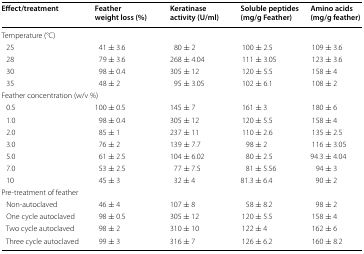
| Effect/treatment | Feather weight loss (%) | Keratinase activity (U/ml) | Soluble peptides (mg/g Feather) | Amino acids (mg/g feather) |
 | --- | --- | --- | --- | --- |
 | <COLSPAN=5> Temperature (°C) |
 | 25 | 41 ± 3.6 | 80 ± 2 | 100 ± 2.5 | 109 ± 3.6 |
 | 28 | 79 ± 3.6 | 268 ± 4.04 | 111 ± 3.05 | 123 ± 3.6 |
 | 30 | 98 ± 0.4 | 305 ± 12 | 120 ± 5.5 | 158 ± 4 |
 | 35 | 48 ± 2 | 95 ± 3.05 | 102 ± 6.1 | 108 ± 2 |
 | <COLSPAN=5> Feather concentration (w/v %) |
 | 0.5 | 100 ± 0.5 | 145 ± 7 | 161 ± 3 | 180 ± 6 |
 | 1.0 | 98 ± 0.4 | 305 ± 12 | 120 ± 5.5 | 158 ± 4 |
 | 2.0 | 85 ± 1 | 237 ± 11 | 110 ± 2.6 | 135 ± 2.5 |
 | 3.0 | 76 ± 2 | 139 ± 7.7 | 98 ± 2 | 116 ± 3.05 |
 | 5.0 | 61 ± 2.5 | 104 ± 6.02 | 80 ± 2.5 | 94.3 ± 4.04 |
 | 7.0 | 53 ± 2.5 | 77 ± 7.5 | 81 ± 5.56 | 94 ± 3 |
 | 10 | 45 ± 3 | 32 ± 4 | 81.3 ± 6.4 | 90 ± 2 |
 | <COLSPAN=5> Pre-treatment of feather |
 | Non-autoclaved | 46 ± 4 | 107 ± 8 | 58 ± 8.2 | 98 ± 2 |
 | One cycle autoclaved | 98 ± 0.5 | 305 ± 12 | 120 ± 5.5 | 158 ± 4 |
 | Two cycle autoclaved | 98 ± 2 | 310 ± 10 | 122 ± 4 | 162 ± 6 |
 | Three cycle autoclaved | 99 ± 3 | 316 ± 7 | 126 ± 6.2 | 160 ± 8.2 |